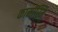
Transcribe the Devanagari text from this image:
कामोस्मि